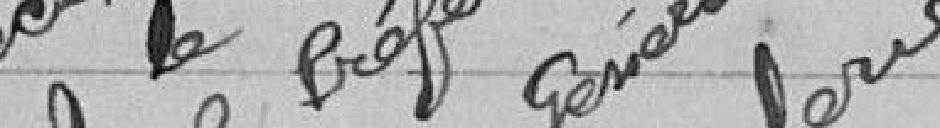
Vu pour récépissé et approuvé